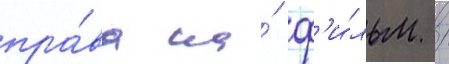
пра́ва на́ ф'и́льм /